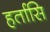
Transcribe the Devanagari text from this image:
हर्तासि